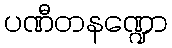
ပဏီတနဏ္ဍော